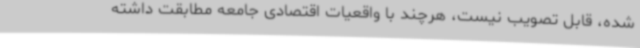
شده، قابل تصویب نیست، هرچند با واقعیات اقتصادی جامعه مطابقت داشته